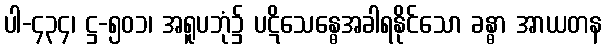
ပါ-၄၃၄၊ ဋ္ဌ-၅၀၁၊ အရူပဘုံ၌ ပဋိသေန္ဓေအခါရနိုင်သော ခန္ဓာ အာယတန